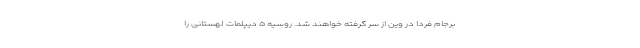
برجام فردا در وین از سر گرفته خواهند شد. روسیه ۵ دیپلمات لهستانی را